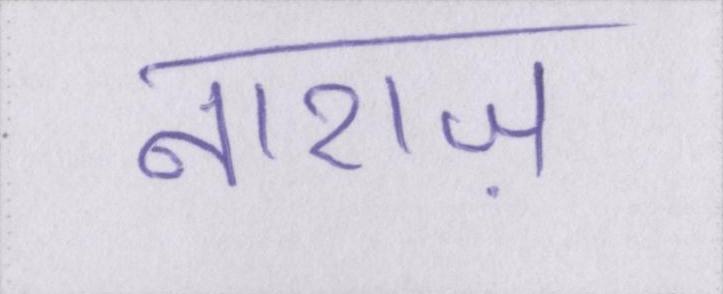
नाराज़